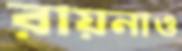
রায়নাও